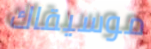
موسيقاك